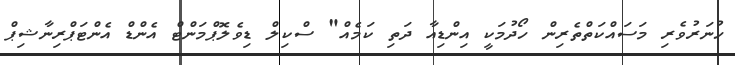
ހުނަރުވެރި މަސައްކަތްތެރިން ހޯދުމަކީ އިންޑިއާ ދަތި ކަމެއް" ސްކިލް ޑިވެލޮޕްމަންޓް އެންޑް އެންޓަޕްރިނާޝިޕް